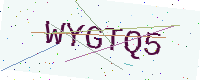
Text: WYGTQ5